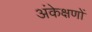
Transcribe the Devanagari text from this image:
अंकेक्षणों